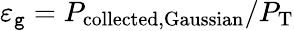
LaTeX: \varepsilon_{\mathtt{g}}=P_{\mathrm{{collected,Gaussian}}}/P_{\mathrm{{T}}}